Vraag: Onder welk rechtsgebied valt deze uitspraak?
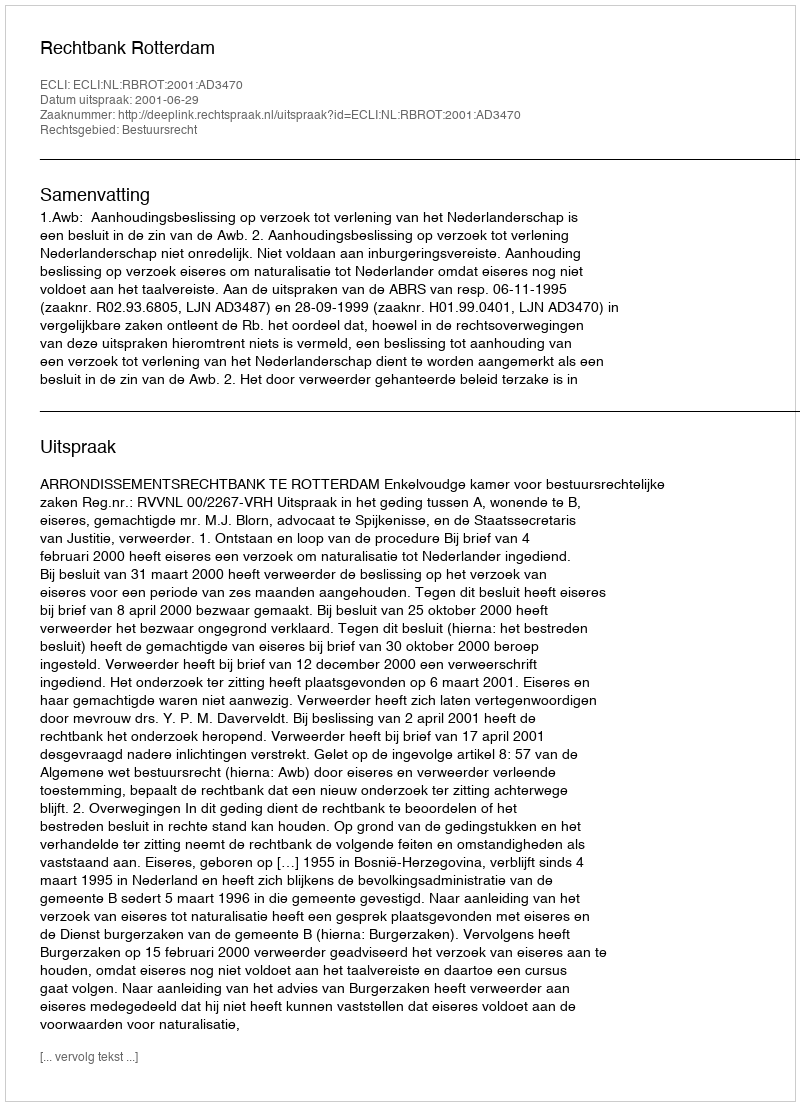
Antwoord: Bestuursrecht